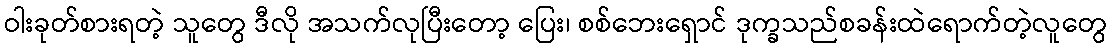
ဝါးခုတ်စားရတဲ့ သူတွေ ဒီလို အသက်လုပြီးတော့ ပြေး၊ စစ်ဘေးရှောင် ဒုက္ခသည်စခန်းထဲရောက်တဲ့လူတွေ